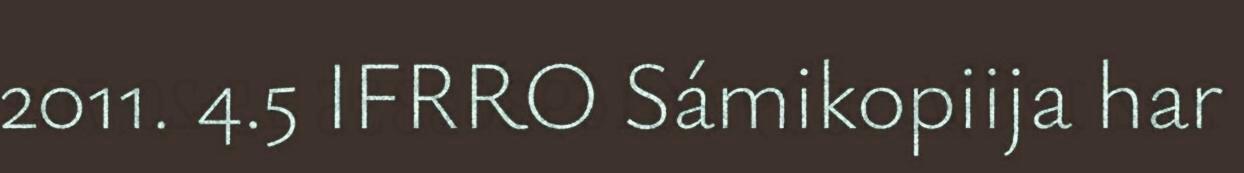
2011. 4.5 IFRRO Sámikopiija har